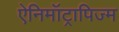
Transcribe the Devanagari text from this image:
ऐनिमॉट्रापिज्म